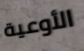
الأوعية